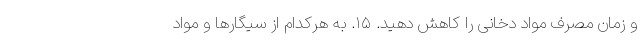
و زمان مصرف مواد دخانی را کاهش دهید. ۱۵. به هرکدام از سیگارها و مواد